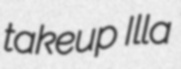
takeup Illa